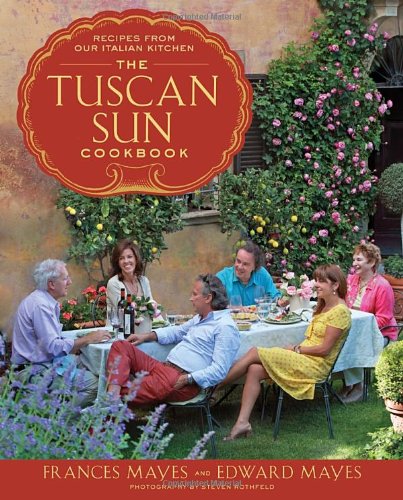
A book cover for The Tuscan Sun Cookbook: Recipes from Our Italian Kitchen; Frances Mayes; Cookbooks, Food & Wine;